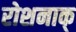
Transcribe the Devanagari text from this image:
रोशनाक्‌